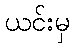
ယင်းမှ